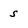
Character: s